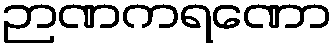
ဉာဏကရဏော